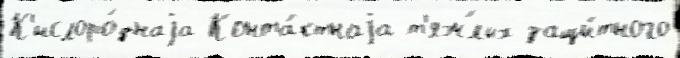
К'ислоро́днаjа Конта́ктнаjа т'яж́лых защи́тного